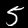
Label: 5